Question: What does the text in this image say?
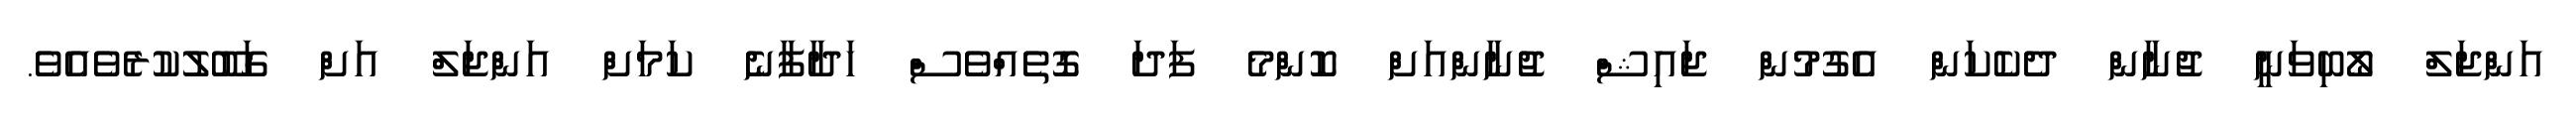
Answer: އަންޖަލް ލޯބިވަނީ ޖުނާން ދެކެކަން އެގުމުން ޖައިޝް ޖުނާންއަށް ކޮންމެ ފަދަ ގޮތެއްވެސް ހަދާފާނެ ކަމަށް އަންޖަލް އަށް ގަބޫލުކުރެވެއެވެ.